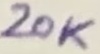
Text: 20K